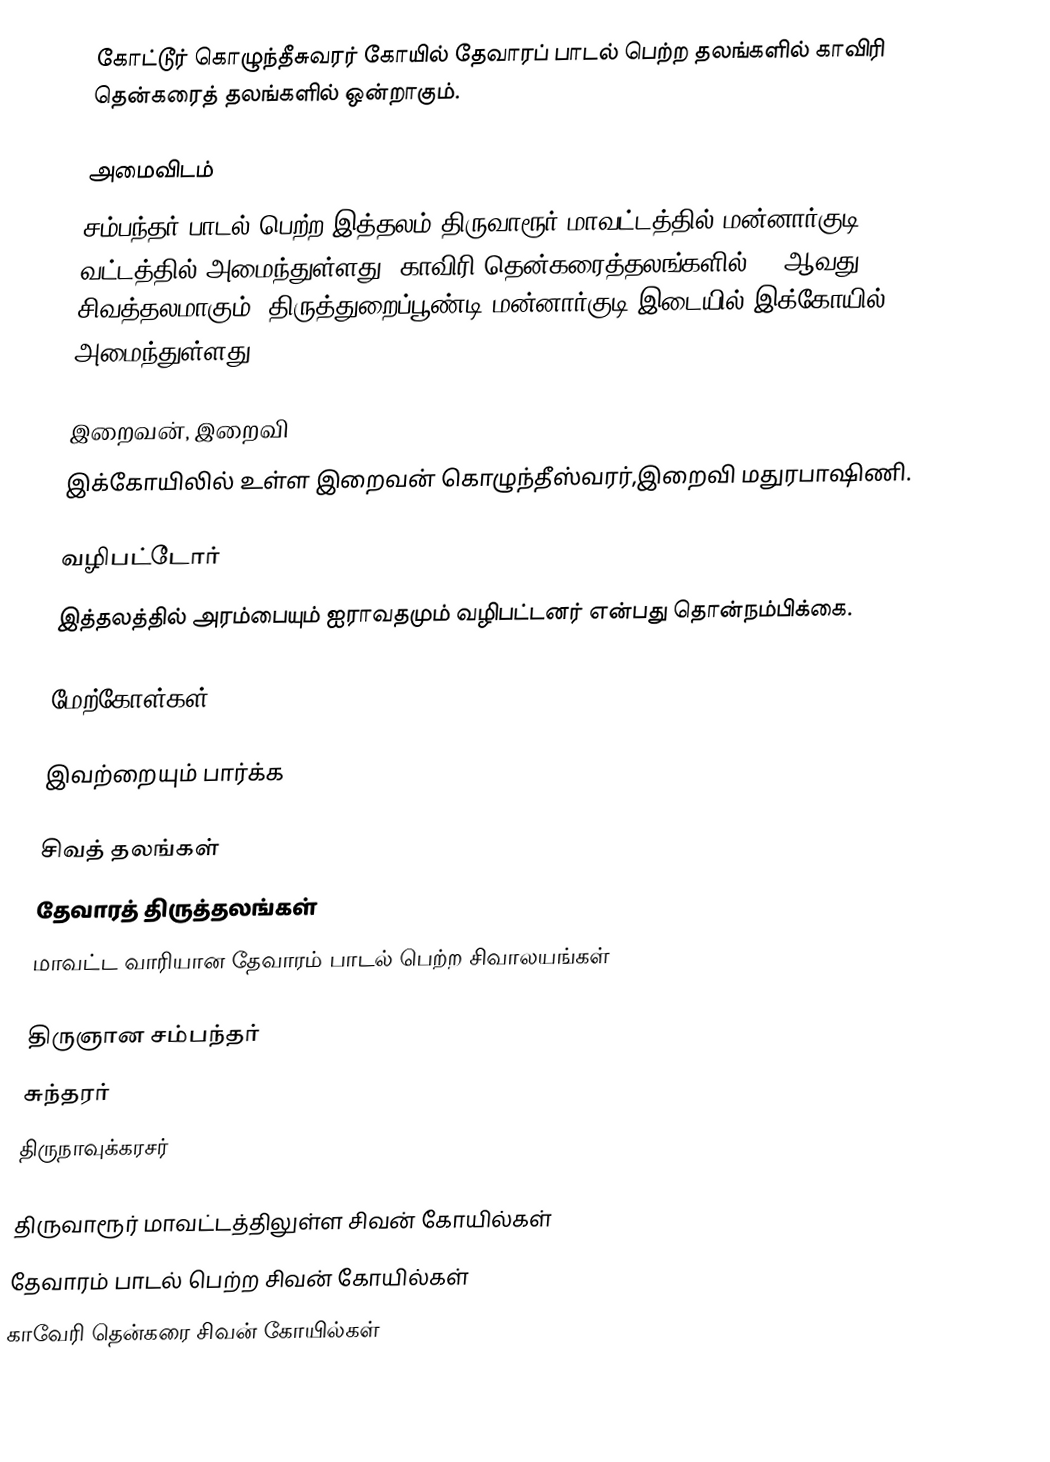
கோட்டூர் கொழுந்தீசுவரர் கோயில் தேவாரப் பாடல் பெற்ற தலங்களில் காவிரி தென்கரைத் தலங்களில் ஒன்றாகும்.

அமைவிடம்
சம்பந்தர் பாடல் பெற்ற இத்தலம் திருவாரூர் மாவட்டத்தில்  மன்னார்குடி வட்டத்தில் அமைந்துள்ளது. காவிரி தென்கரைத்தலங்களில் 111ஆவது சிவத்தலமாகும். திருத்துறைப்பூண்டி-மன்னார்குடி இடையில் இக்கோயில் அமைந்துள்ளது.

இறைவன், இறைவி
இக்கோயிலில் உள்ள இறைவன் கொழுந்தீஸ்வரர்,இறைவி மதுரபாஷிணி.

வழிபட்டோர்
இத்தலத்தில் அரம்பையும் ஐராவதமும் வழிபட்டனர் என்பது தொன்நம்பிக்கை.

மேற்கோள்கள்

இவற்றையும் பார்க்க

 சிவத் தலங்கள்
 தேவாரத் திருத்தலங்கள்
 மாவட்ட வாரியான தேவாரம் பாடல் பெற்ற சிவாலயங்கள்

 திருஞான சம்பந்தர்
 சுந்தரர்
 திருநாவுக்கரசர்

திருவாரூர் மாவட்டத்திலுள்ள சிவன் கோயில்கள்
தேவாரம் பாடல் பெற்ற சிவன் கோயில்கள்
காவேரி தென்கரை சிவன் கோயில்கள்